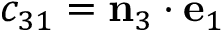
c _ { 3 1 } = \mathbf { n } _ { 3 } \cdot \mathbf { e } _ { 1 }